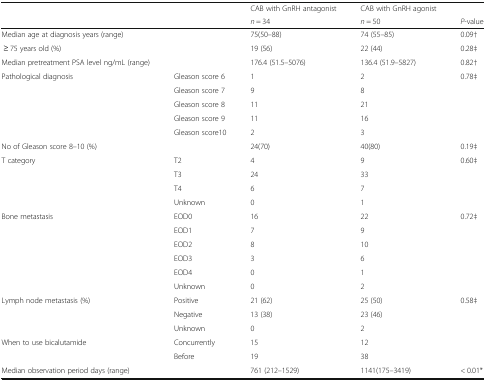
<table><thead><tr><td rowspan="2" colspan="2"></td><td><b>CAB with GnRH antagonist</b></td><td><b>CAB with GnRH agonist</b></td><td></td></tr><tr><td><b><i>n</i> = 34</b></td><td><b><i>n</i> = 50</b></td><td><b><i>P</i>-value</b></td></tr></thead><tbody><tr><td colspan="2">Median age at diagnosis years (range)</td><td>75(50–88)</td><td>74 (55–85)</td><td>0.09†</td></tr><tr><td> ≥ 75 years old (%)</td><td></td><td>19 (56)</td><td>22 (44)</td><td>0.28‡</td></tr><tr><td>Median pretreatment PSA level ng/mL (range)</td><td></td><td>176.4 (51.5–5076)</td><td>136.4 (51.9–5827)</td><td>0.82†</td></tr><tr><td rowspan="5">Pathological diagnosis</td><td>Gleason score 6</td><td>1</td><td>2</td><td rowspan="5">0.78‡</td></tr><tr><td>Gleason score 7</td><td>9</td><td>8</td></tr><tr><td>Gleason score 8</td><td>11</td><td>21</td></tr><tr><td>Gleason score 9</td><td>11</td><td>16</td></tr><tr><td>Gleason score10</td><td>2</td><td>3</td></tr><tr><td>No of Gleason score 8–10 (%)</td><td></td><td>24(70)</td><td>40(80)</td><td>0.19‡</td></tr><tr><td rowspan="4">T category</td><td>T2</td><td>4</td><td>9</td><td rowspan="4">0.60‡</td></tr><tr><td>T3</td><td>24</td><td>33</td></tr><tr><td>T4</td><td>6</td><td>7</td></tr><tr><td>Unknown</td><td>0</td><td>1</td></tr><tr><td rowspan="6">Bone metastasis</td><td>EOD0</td><td>16</td><td>22</td><td rowspan="6">0.72‡</td></tr><tr><td>EOD1</td><td>7</td><td>9</td></tr><tr><td>EOD2</td><td>8</td><td>10</td></tr><tr><td>EOD3</td><td>3</td><td>6</td></tr><tr><td>EOD4</td><td>0</td><td>1</td></tr><tr><td>Unknown</td><td>0</td><td>2</td></tr><tr><td rowspan="3">Lymph node metastasis (%)</td><td>Positive</td><td>21 (62)</td><td>25 (50)</td><td>0.58‡</td></tr><tr><td>Negative</td><td>13 (38)</td><td>23 (46)</td><td></td></tr><tr><td>Unknown</td><td>0</td><td>2</td><td></td></tr><tr><td rowspan="2">When to use bicalutamide</td><td>Concurrently</td><td>15</td><td>12</td><td></td></tr><tr><td>Before</td><td>19</td><td>38</td><td></td></tr><tr><td>Median observation period days (range)</td><td></td><td>761 (212–1529)</td><td>1141(175–3419)</td><td>&lt; 0.01*</td></tr></tbody></table>